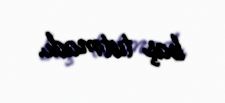
baş tutmadı.